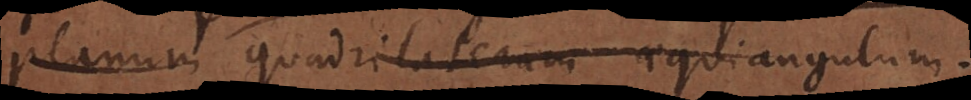
planum quadrilaterum aequiangulum.